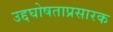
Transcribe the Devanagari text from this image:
उद्दघोषताप्रसारक